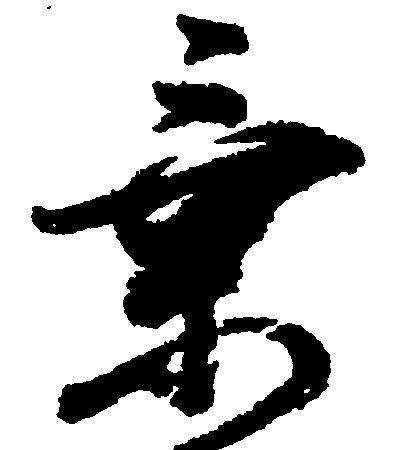
乗